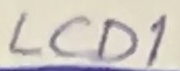
Text: LCD1